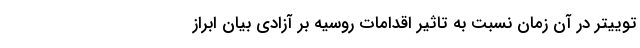
توییتر در آن زمان نسبت به تاثیر اقدامات روسیه بر آزادی بیان ابراز